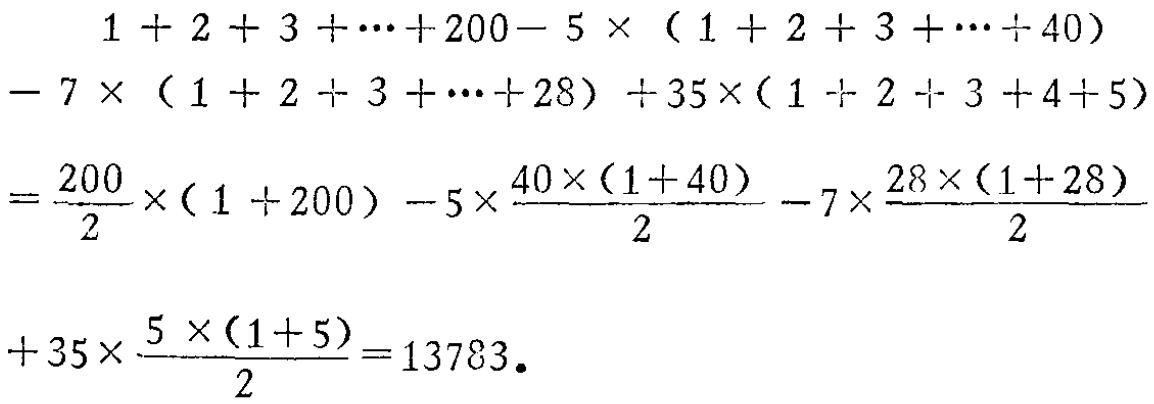
\[

\begin{align*}

&1 + 2 + 3 + \cdots+200- 5\times(1 + 2 + 3 + \cdots+40)-7\times(1 + 2 + 3 + \cdots+28)+35\times(1 + 2 + 3 +4+5)\\

=&\frac{200}{2}\times(1 + 200)-5\times\frac{40\times(1 + 40)}{2}-7\times\frac{28\times(1 + 28)}{2}+35\times\frac{5\times(1 + 5)}{2}=13783.

\end{align*}

\]